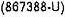
(867388-U)